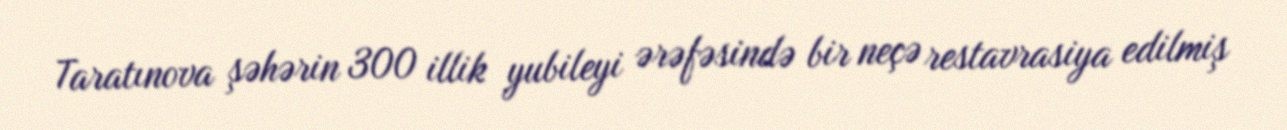
Taratınova şəhərin 300 illik yubileyi ərəfəsində bir neçə restavrasiya edilmiş